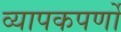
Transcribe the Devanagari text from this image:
व्यापकपर्णो